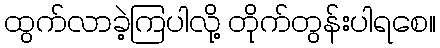
ထွက်လာခဲ့ကြပါလို့ တိုက်တွန်းပါရစေ။